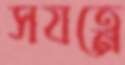
সযত্নে